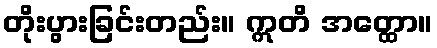
တိုးပွားခြင်းတည်း။ ဣတိ အတ္ထော။